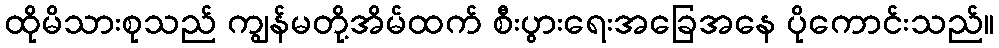
ထိုမိသားစုသည် ကျွန်မတို့အိမ်ထက် စီးပွားရေးအခြေအနေ ပိုကောင်းသည်။